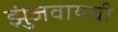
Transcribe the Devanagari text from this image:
झुंजवायची